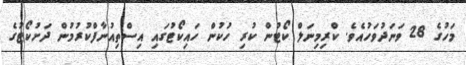
މަހުގެ 28 ވަނަދުވަހުއެވެ. ކްރިމިނަލް ކޯޓުން ކުރި ހުކުން ހައިކޯޓުގައި އިސްތިއުނާފްކުރުމުން ދަށުކޯޓުގެ